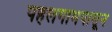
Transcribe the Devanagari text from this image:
पहलगामपासून